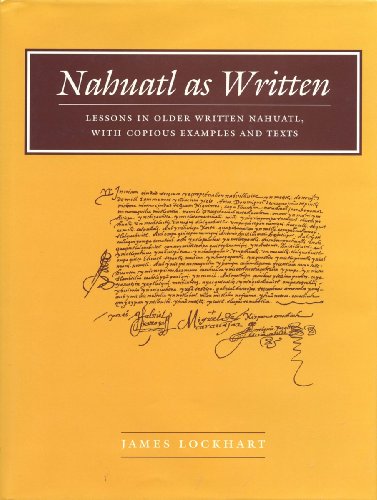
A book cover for Nahuatl as Written: Lessons in Older Written Nahuatl, with Copious Examples and Texts (Nahuatl Series, No. 6.); James Lockhart; History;